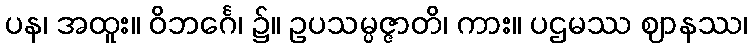
ပန၊ အထူး။ ဝိဘင်္ဂေ၊ ၌။ ဥပသမ္ပဇ္ဇာတိ၊ ကား။ ပဌမဿ ဈာနဿ၊